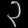
Digit: ၃